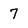
Character: 7